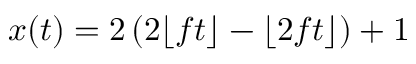
x ( t ) = 2 \left( 2 \lfloor f t \rfloor - \lfloor 2 f t \rfloor \right) + 1